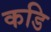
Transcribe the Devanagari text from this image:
कडि